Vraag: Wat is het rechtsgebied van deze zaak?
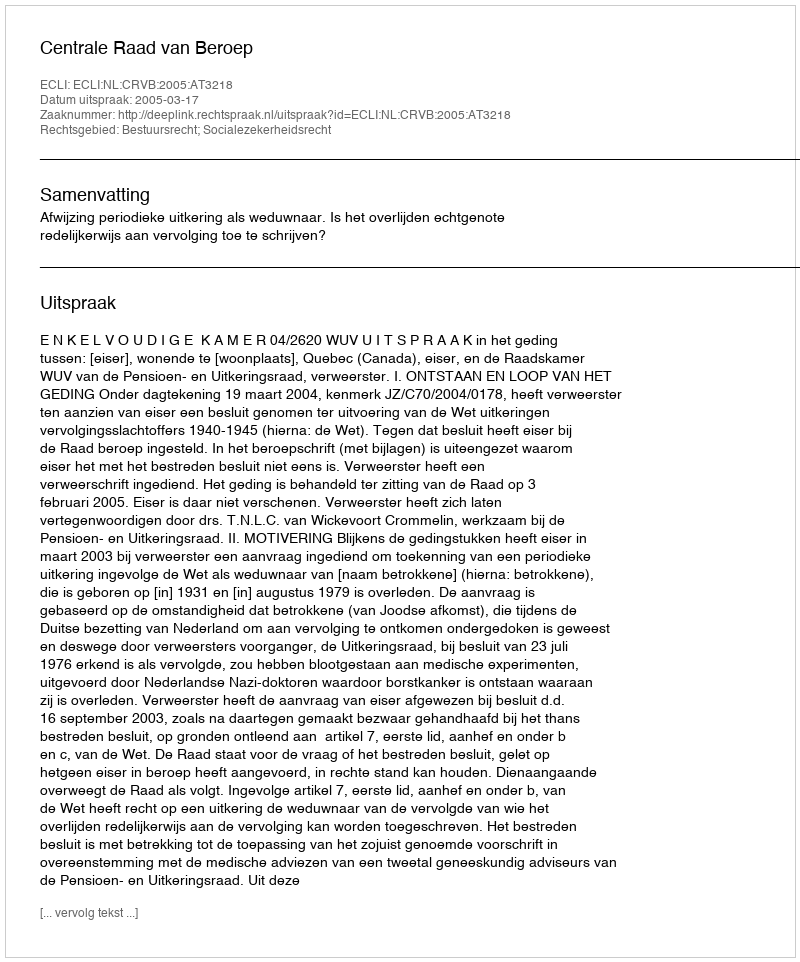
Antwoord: Bestuursrecht; Socialezekerheidsrecht